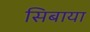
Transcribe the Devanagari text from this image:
सिबाया